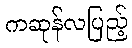
ကဆုန်လပြည့်